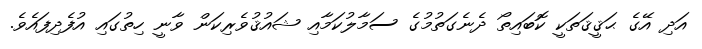
އަދި އޭގެ ޙަޤީޤަތަކީ ކޮބައިތޯ ދެނެގަތުމުގެ ސަމާލުކަމާއި ޝައުޤުވެރިކަން ވާނީ ހިތުގައި އުފެދިފައެވެ.